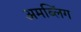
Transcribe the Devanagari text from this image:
अमब्लिंग